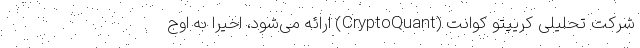
شرکت تحلیلی کریپتو کوانت (CryptoQuant) ارائه می‌شود، اخیراً به اوج